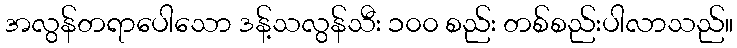
အလွန်တရာပေါသော ဒန့်သလွန်သီး ၁၀၀ စည်း တစ်စည်းပါလာသည်။